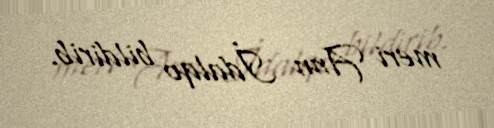
meri Ann İdalqo bildirib.